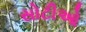
સોટીઓ